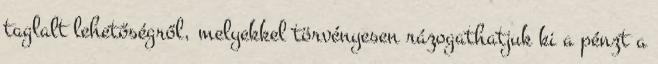
taglalt lehetőségről, melyekkel törvényesen rázogathatjuk ki a pénzt a